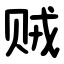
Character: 贼